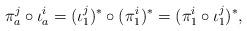
LaTeX: \begin{align*}\pi_a^j\circ \iota_a^i &= (\iota_1^j)^{\ast}\circ (\pi_1^i)^{\ast}=(\pi_1^i\circ \iota_1^j)^{\ast},\end{align*}